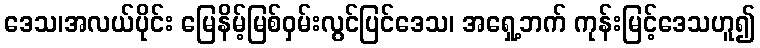
ဒေသ၊အလယ်ပိုင်း မြေနိမ့်မြစ်ဝှမ်းလွင်ပြင်ဒေသ၊ အရှေ့ဘက် ကုန်းမြင့်ဒေသဟူ၍